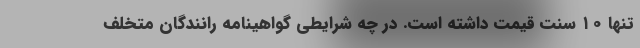
تنها ۱۰ سنت قیمت داشته است. در چه شرایطی گواهینامه رانندگان متخلف